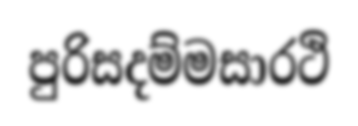
පුරිසදම්මසාරථි